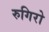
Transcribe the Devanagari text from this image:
रुगिरो